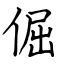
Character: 倔